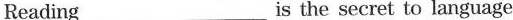
Reading___is the secret to language